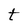
Character: t